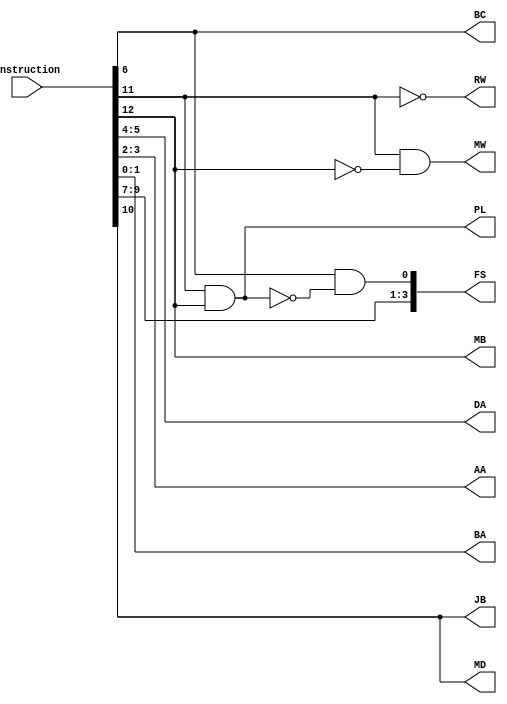
module Instruction_Decoder(Instruction, DA, AA, BA, MB, FS, MD, RW, MW, PL, JB, BC);
input [12:0] Instruction;
output [1:0] DA, AA, BA;
output MB, MD, RW, MW, PL, JB, BC;
output [3:0] FS;
// write your code for reading/writing
wire w1,w2,w3,w4,w5,w6;
assign w1 = ~w6;
assign w2 = ~Instruction[11];
assign w3 = ~Instruction[12];
assign w4 = Instruction[6] & w1;
assign w5 = Instruction[11] & w3;
assign w6 = Instruction[11] & Instruction[12];
assign DA = Instruction[5:4];
assign AA = Instruction[3:2];
assign BA = Instruction[1:0];
assign MB = Instruction[12];
assign FS = {Instruction[9:7],w4};
assign MD = Instruction[10];
assign RW = w2;
assign MW = w5;
assign PL = w6;
assign JB = Instruction[10];
assign BC = Instruction[6];
endmodule